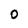
Character: O